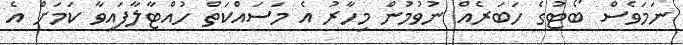
ނަމަވެސް ބޯޓުގެ ހަބަރެއް ނުވުމުން މިހާރު އެ މަސައްކަތް ހުއްޓާލާފައިވާ ކަމަށް އެ